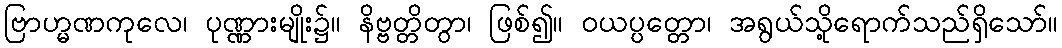
ဗြာဟ္မဏကုလေ၊ ပုဏ္ဏားမျိုး၌။ နိဗ္ဗတ္တိတွာ၊ ဖြစ်၍။ ဝယပ္ပတ္တော၊ အရွယ်သို့ရောက်သည်ရှိသော်။